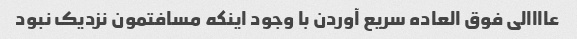
عاااالی فوق العاده سریع آوردن با وجود اینکه مسافتمون نزدیک نبود